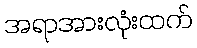
အရာအားလုံးထက်